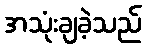
အသုံးချခဲ့သည်